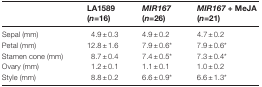
|  | LA1589 (n=16) | MIR167 (n=26) | MIR167 + MeJA (n=21) |
 | --- | --- | --- | --- |
 | Sepal (mm) | 4.9±0.3 | 4.9±0.2 | 4.7±0.2 |
 | Petal (mm) | 12.8±1.6 | 7.9±0.6* | 7.9±0.6* |
 | Stamen cone (mm) | 8.7±0.4 | 7.4±0.5* | 7.3±0.4* |
 | Ovary (mm) | 1.2±0.1 | 1.1±0.1 | 1.0±0.2 |
 | Style (mm) | 8.8±0.2 | 6.6±0.9* | 6.6±1.3* |